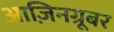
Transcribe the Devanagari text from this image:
आज़िनग्रूबर